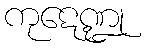
ကုဋေဏ္ဍု